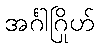
အင်္ဂါဂြိုဟ်